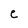
Character: e